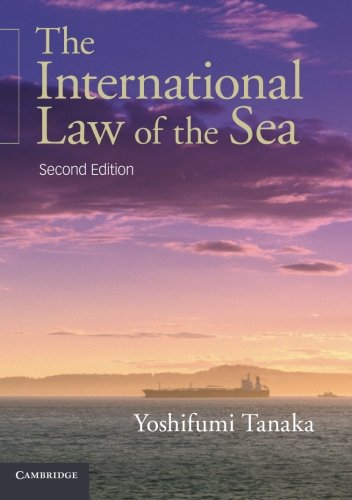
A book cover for The International Law of the Sea; Yoshifumi Tanaka; Law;